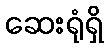
ဆေးရုံရှိ